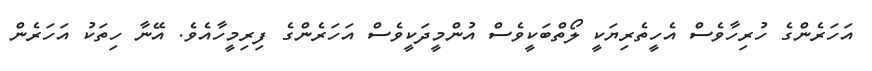
އަހަރެންގެ ހުރިހާވެސް އެހީތެރިޔަކީ ލޯތްބަކީވެސް އުންމީދަކީވެސް އަހަރެންގެ ފިރިމީހާއެވެ. އޭނާ ހިތަކު އަހަރެން